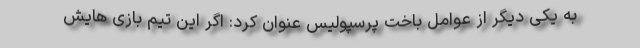
به یکی دیگر از عوامل باخت پرسپولیس عنوان کرد: اگر این تیم بازی هایش